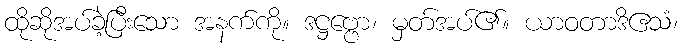
ထိုဆိုအပ်ခဲ့ပြီးသော အနက်ကို။ ဒဋ္ဌဗ္ဗော၊ မှတ်အပ်၏။ ယာဝတာဒိဧသံ၊